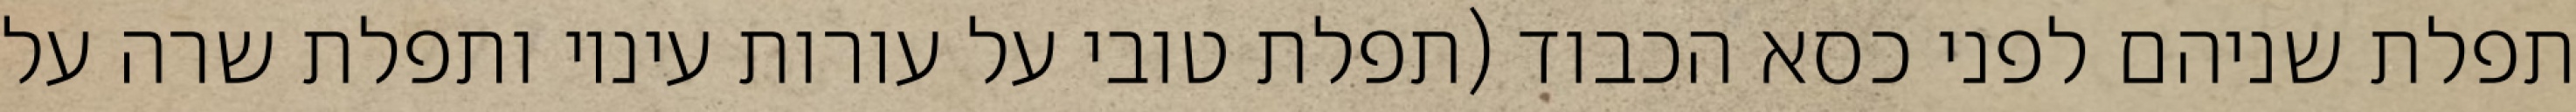
תפלת שניהם לפני כסא הכבוד (תפלת טובי על עורות עיניו ותפלת שרה על